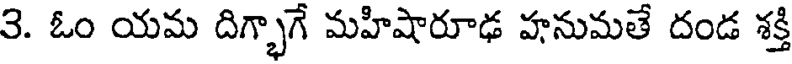
3. ఓం యమ దిగ్భాగే మహిషారూఢ హనుమతే దండ శక్తి